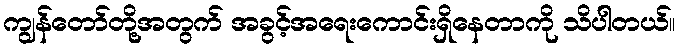
ကျွန်တော်တို့အတွက် အခွင့်အရေးကောင်းရှိနေတာကို သိပါတယ်။